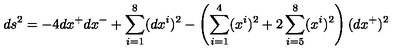
d s ^ { 2 } = - 4 d x ^ { + } d x ^ { - } + \sum _ { i = 1 } ^ { 8 } ( d x ^ { i } ) ^ { 2 } - \left( \sum _ { i = 1 } ^ { 4 } ( x ^ { i } ) ^ { 2 } + 2 \sum _ { i = 5 } ^ { 8 } ( x ^ { i } ) ^ { 2 } \right) ( d x ^ { + } ) ^ { 2 }